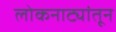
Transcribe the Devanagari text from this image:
लोकनाट्यांतून